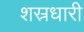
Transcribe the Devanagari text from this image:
शस्रधारी